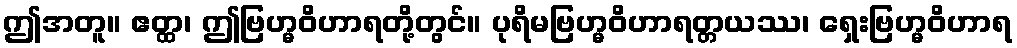
ဤအတူ။ ဧတ္ထ၊ ဤဗြဟ္မဝိဟာရတို့တွင်။ ပုရိမဗြဟ္မဝိဟာရတ္တယဿ၊ ရှေးဗြဟ္မဝိဟာရ